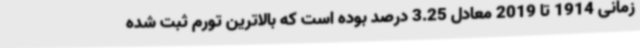
زمانی 1914 تا 2019 معادل 3.25 درصد بوده است که بالاترین تورم ثبت شده